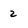
Character: 2